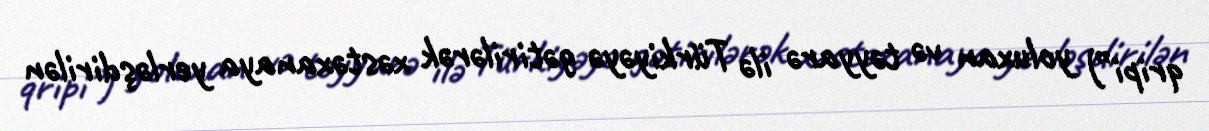
qripi”) yoluxan və təyyarə ilə Türkiyəyə gətirilərək xəstəxanaya yerləşdirilən